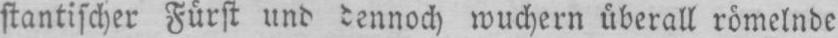
stantischer Fürst und dennoch wuchern überall römelnde